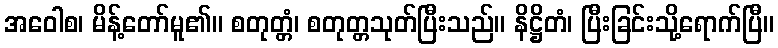
အဝေါစ၊ မိန့်တော်မူ၏။ စတုတ္တံ၊ စတုတ္တသုတ်ပြီးသည်။ နိဋ္ဌိတံ၊ ပြီးခြင်းသို့ရောက်ပြီ။